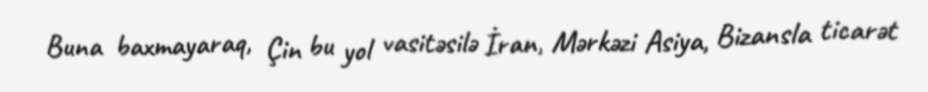
Buna baxmayaraq, Çin bu yol vasitəsilə İran, Mərkəzi Asiya, Bizansla ticarət